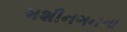
મશીનગનના